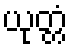
ယုတ္တံ